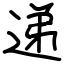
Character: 递